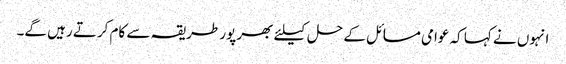
انہوں نے کہا کہ عوامی مسائل کے حل کیلئے بھر پور طریقہ سے کام کرتے رہیں گے۔